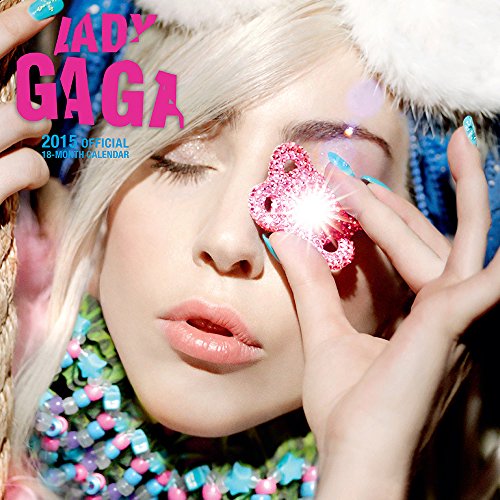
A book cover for Lady Gaga 2015 Square 12x12 Bravado (Multilingual Edition); BrownTrout; Calendars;